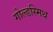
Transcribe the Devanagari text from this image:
गोल्‍डस्‍मिथ